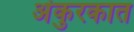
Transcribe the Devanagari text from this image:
अंकुरकात